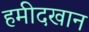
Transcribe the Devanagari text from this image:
हमीदखान